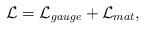
LaTeX: \begin{align*}{\cal L} = {\cal L}_{gauge} + {\cal L}_{mat},\end{align*}